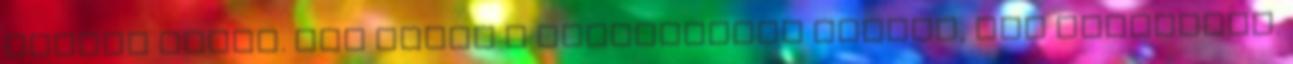
hasító fényt. Van ebben a ragyogásban valami, ami fájdalmas.